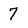
Character: 7